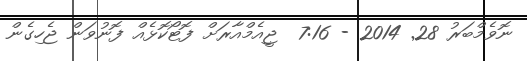
ނޮވެމްބަރު 28